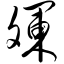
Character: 斓